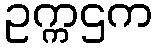
ဥက္ကဌက